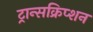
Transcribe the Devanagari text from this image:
ट्रान्सक्रिप्शन